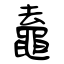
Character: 鼁